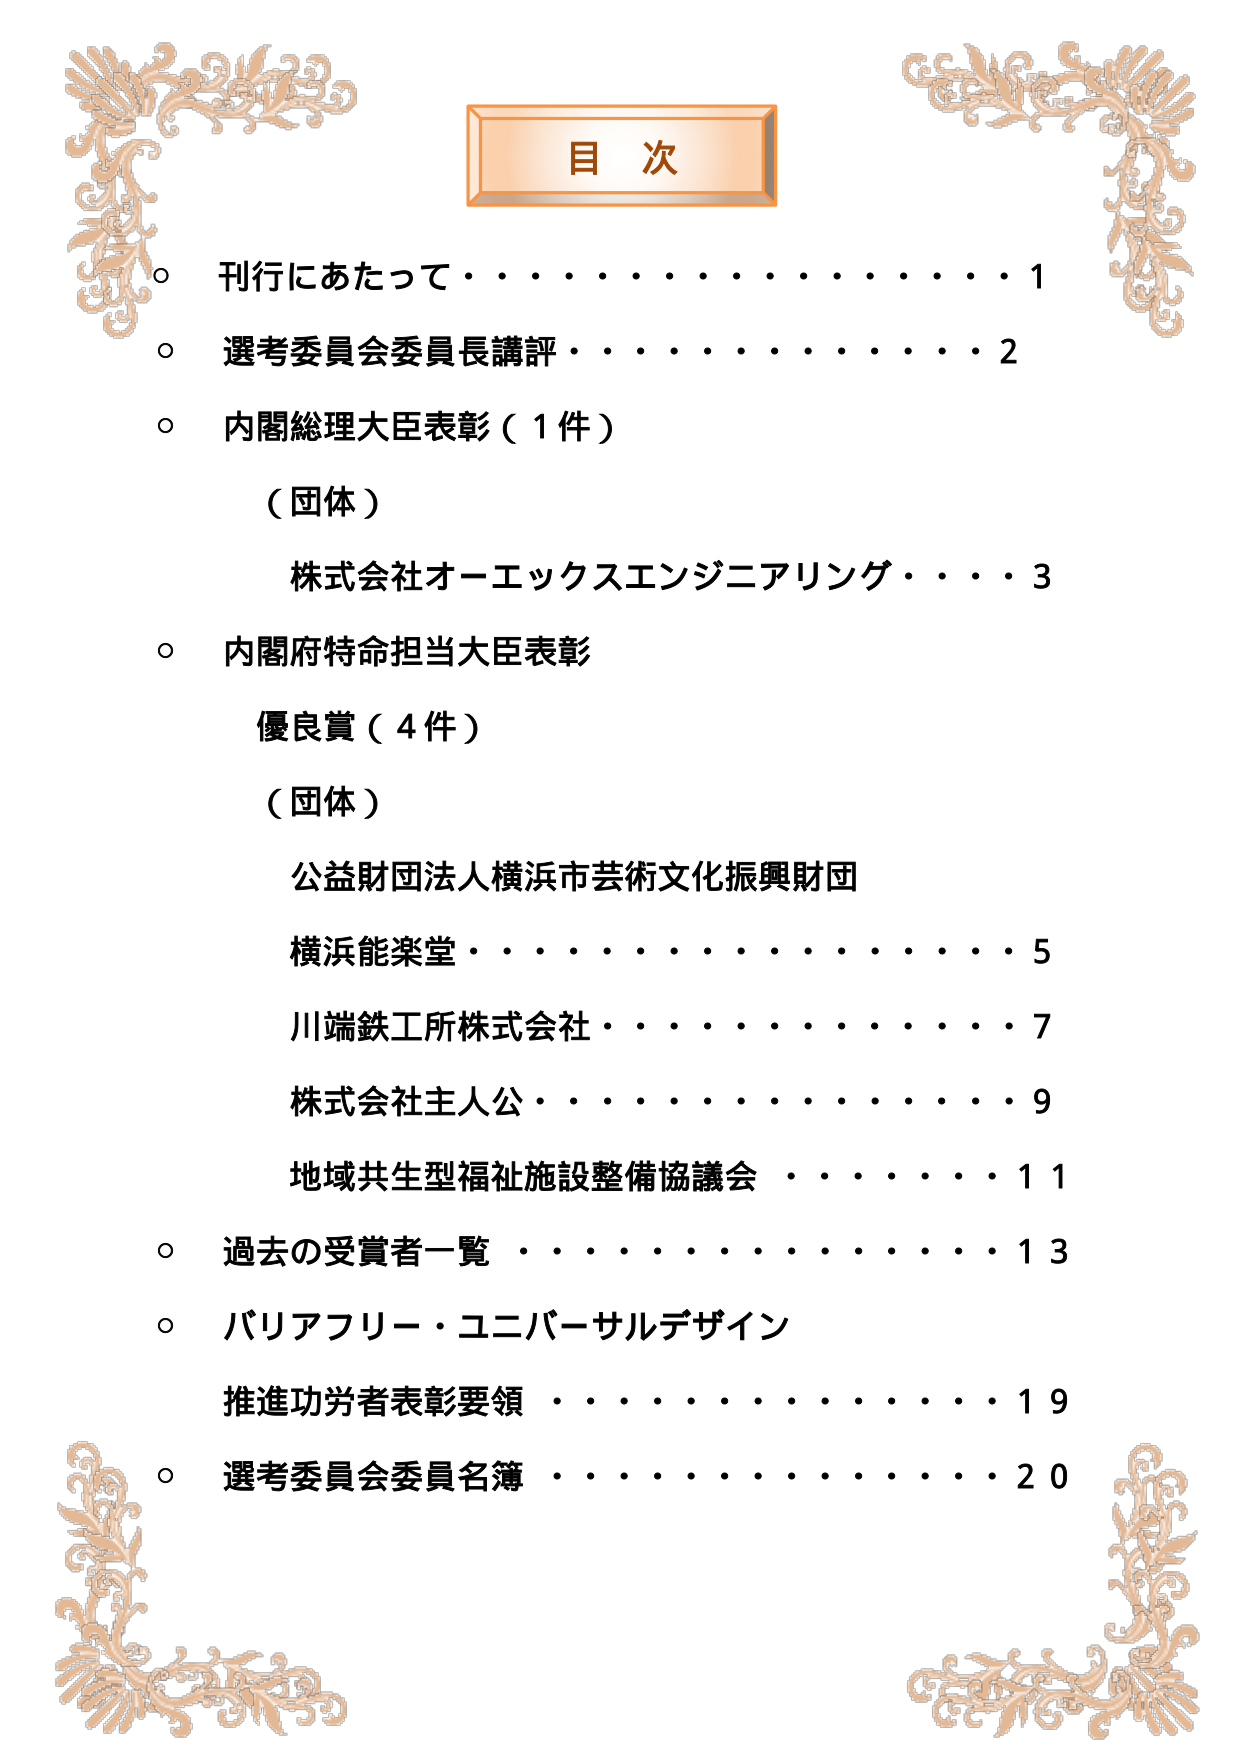
目 次
○ 刊行にあたって・・・・・・・・・・・・・・1
○ 選考委員会委員長講評・・・・・・・・・・・・2
○ 内閣総理大臣表彰（1件）
　（団体）
　　株式会社オーエックスエンジニアリング・・・・3
○ 内閣府特命担当大臣表彰
　優良賞（4件）
　（団体）
　　公益財団法人横浜市芸術文化振興財団
　　横浜能楽堂・・・・・・・・・・・・・・・・5
　　川端鉄工所株式会社・・・・・・・・・・・・7
　　株式会社主人公・・・・・・・・・・・・・・9
　　地域共生型福祉施設整備協議会・・・・・・・・11
○ 過去の受賞者一覧・・・・・・・・・・・・・・13
○ バリアフリー・ユニバーサルデザイン
　推進功労者表彰要領・・・・・・・・・・・・・・19
○ 選考委員会委員名簿・・・・・・・・・・・・・・20